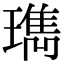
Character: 㻽